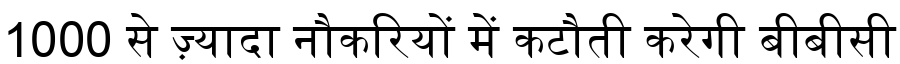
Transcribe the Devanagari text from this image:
1000 से ज़्यादा नौकरियों में कटौती करेगी बीबीसी